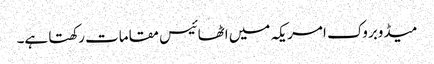
میڈوبروک امریکہ میں اٹھائیس مقامات رکھتا ہے۔